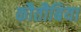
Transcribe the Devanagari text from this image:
कौतौबिया